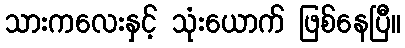
သားကလေးနှင့် သုံးယောက် ဖြစ်နေပြီ။